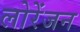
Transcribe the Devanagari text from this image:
लोरेंजन